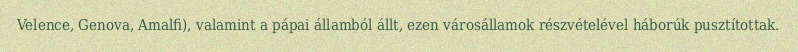
Velence, Genova, Amalfi), valamint a pápai államból állt, ezen városállamok részvételével háborúk pusztítottak.